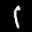
Label: 1